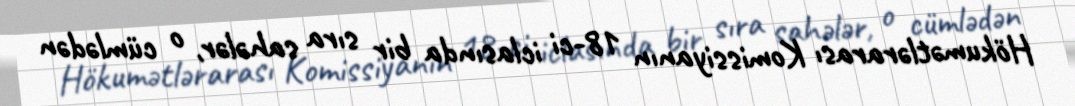
Hökumətlərarası Komissiyanın 18-ci iclasında bir sıra sahələr, o cümlədən